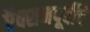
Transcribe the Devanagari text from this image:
ऍक्शनपूर्वीचे